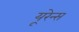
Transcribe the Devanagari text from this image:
यूरेन्स